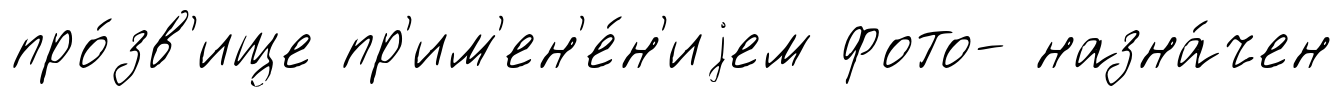
про́зв'ище пр'им'ен'е́н'иjем фото- назна́чен